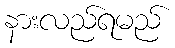
နားလည်ရမည်